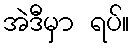
အဲဒီမှာ ရပ်။